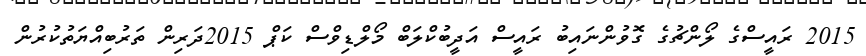
2015 ރައީސްގެ ލޯންޗުގެ ގޮވުންނައިބު ރައީސް އަދީބުކްލަބް މޯލްޑިވްސް ކަޕް 2015ދަރިން ތަރުބިއްޔަތުކުރުން